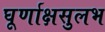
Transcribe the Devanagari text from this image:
घूर्णाक्षसुलभ